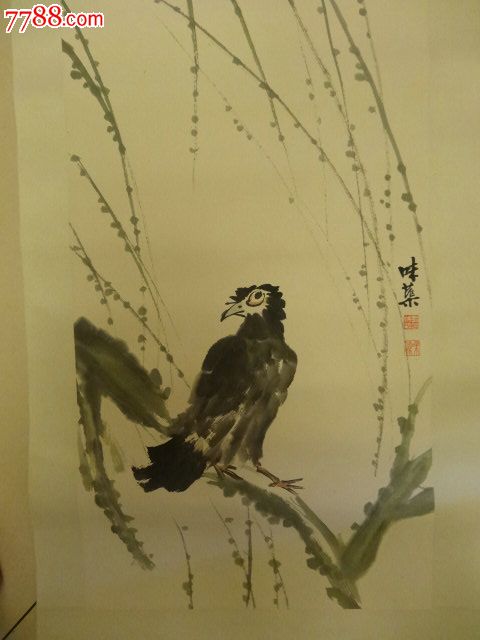
白马绕旌旗，悲鸣相追攀。